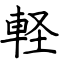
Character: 軽